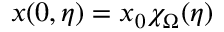
x ( 0 , \eta ) = x _ { 0 } \chi _ { \Omega } ( \eta )